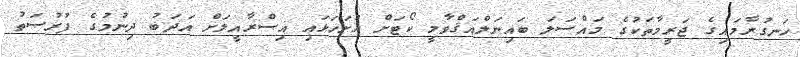
ހަނގުރާމައިގެ ޖަރީމާތަކުގެ މައްސަލަ ބައިނަލްއަޤްވާމީ ކޯޓަށް ހުށަހަޅައި އިސްރާއީލަށް އަދަބު ދިނުމުގެ ފުރުޞަތު